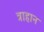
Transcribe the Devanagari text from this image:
त्राहान